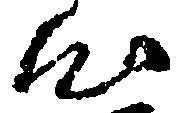
心